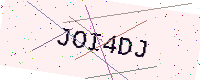
Text: JOI4DJ